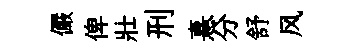
儼俾壯刑憙分舒风